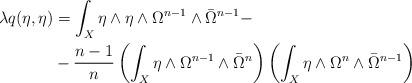
LaTeX: \begin{align*} \lambda q(\eta,\eta) &= \int_X \eta\wedge\eta \wedge \Omega^{n-1} \wedge \bar \Omega^{n-1} -\\ &-\frac {n-1}{n}\left(\int_X \eta \wedge \Omega^{n-1}\wedge \bar \Omega^{n}\right) \left(\int_X \eta \wedge \Omega^{n}\wedge \bar \Omega^{n-1}\right)\end{align*}